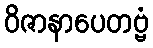
ဝိဇာနာပေတဗ္ဗံ